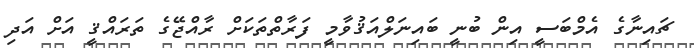
ޗައިނާގެ އެމްބަސީ އިން ބުނީ ބައިނަލްއަޤުވާމީ ފަރާތްތަކަށް ރާއްޖޭގެ ތަރައްޤީ އަށް އަދި